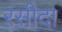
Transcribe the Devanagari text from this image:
रसीदा